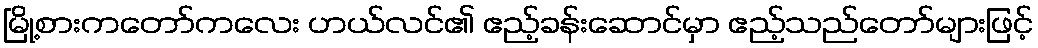
မြို့စားကတော်ကလေး ဟယ်လင်၏ ဧည့်ခန်းဆောင်မှာ ဧည့်သည်တော်များဖြင့်